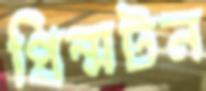
প্রিন্সটন